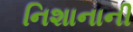
નિશાનાની